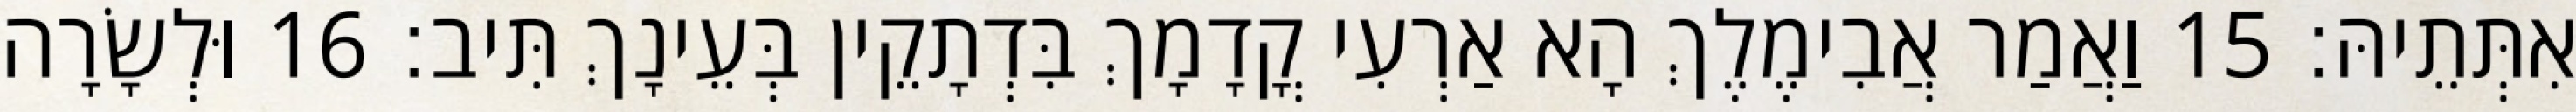
אִתְּתֵיהּ׃ 15 וַאֲמַר אֲבִימֶלֶךְ הָא אַרְעִי קֳדָמָךְ בִּדְתָקֵין בְּעֵינָךְ תִּיב׃ 16 וּלְשָׂרָה